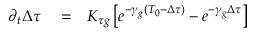
\begin{array} { r l r } { \partial _ { t } \Delta \tau } & { { } = } & { K _ { \tau g } \left[ e ^ { - \gamma _ { g } \left( T _ { 0 } - \Delta \tau \right) } - e ^ { - \gamma _ { g } \Delta \tau } \right] } \end{array}